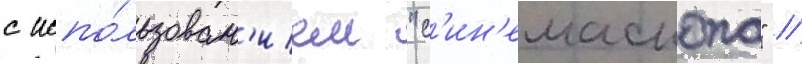
с испо́льзован'ием "с'ин'емаскопа" //